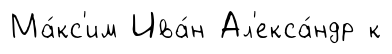
Ма́кс'им Ива́н Ал'екса́ндр к